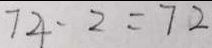
7 4 - 2 = 7 2